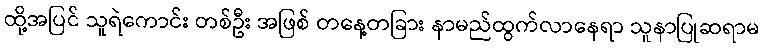
ထို့အပြင် သူရဲကောင်း တစ်ဦး အဖြစ် တနေ့တခြား နာမည်ထွက်လာနေရာ သူနာပြုဆရာမ